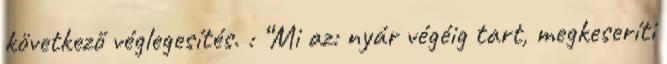
következő véglegesítés. : “Mi az: nyár végéig tart, megkeseríti